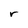
Character: r